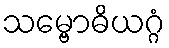
သမ္ဗောဓိယဂ္ဂံ